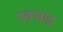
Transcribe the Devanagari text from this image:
एक्मात्र